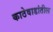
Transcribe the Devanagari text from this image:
काठेवाडांतील